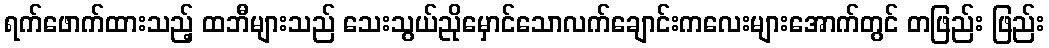
ရက်ဖောက်ထားသည့် ထဘီများသည် သေးသွယ်ညိုမှောင်သောလက်ချောင်းကလေးများအောက်တွင် တဖြည်း ဖြည်း